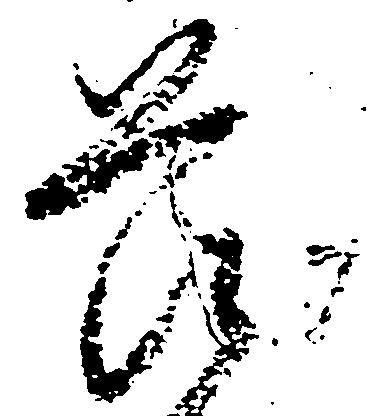
畏